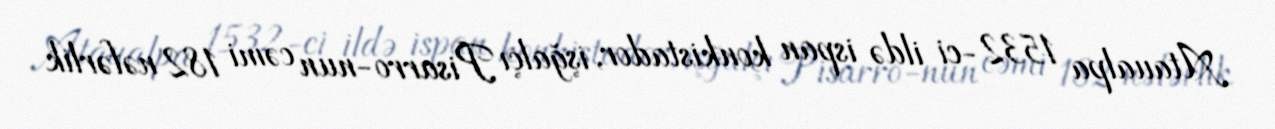
Ataualpa 1532-ci ildə ispan konkistador, işğalçı Pisarro-nun cəmi 182 nəfərlik